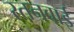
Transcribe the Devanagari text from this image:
रतनबाई